Scottish Certificate of Education, 1962
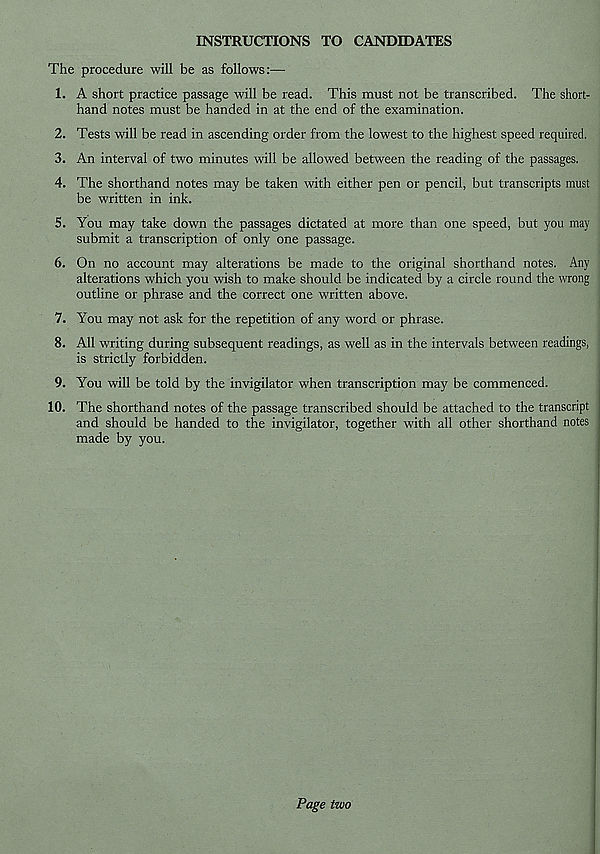
INSTRUCTIONS TO CANDIDATES
The procedure will be as follows:—
1. A short practice passage will be read. This must not be transcribed. The short-
hand notes must be handed in at the end of the examination.
2. Tests will be read in ascending order from the lowest to the highest speed required.
3. An interval of two minutes will be allowed between the reading of the passages.
4. The shorthand notes may be taken with either pen or pencil, but transcripts must
be written in ink.
5. You may take down the passages dictated at more than one speed, but you may
submit a transcription of only one passage.
6. On no account may alterations be made to the original shorthand notes. Any
alterations which you wish to make should be indicated by a circle round the wrong
outline or phrase and the correct one written above.
7. You may not ask for the repetition of any word or phrase.
8. All writing during subsequent readings, as well as in the intervals between readings,
is strictly forbidden.
9. You will be told by the invigilator when transcription may be commenced.
10. The shorthand notes of the passage transcribed should be attached to the transcript
and should be handed to the invigilator, together with all other shorthand notes
made by you.
Page two